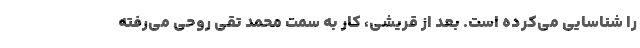
را شناسایی می‌کرده است. بعد از قریشی، کار به سمت محمد تقی روحی می‌رفته